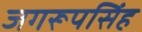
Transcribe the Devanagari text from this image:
जगरूपसिंह